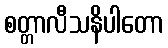
စတ္တာလီသနိပါတော